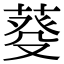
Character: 𦳠